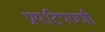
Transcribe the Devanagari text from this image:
प्रायःटिपण्णी